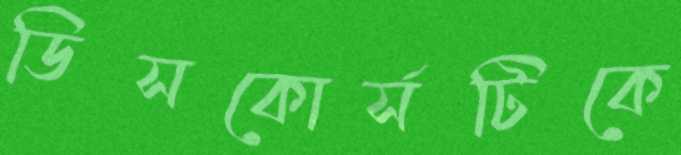
ডিসকোর্সটিকে